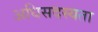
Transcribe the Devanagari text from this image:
अधिसदस्यता